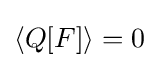
\left\langle Q[F]\right\rangle =0